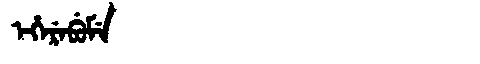
Manchu: ᡝᡥᡝᡵᡝᠪᡠᠮᡝ
Romanization: EHEREBUME